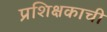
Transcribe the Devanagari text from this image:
प्रशिक्षकाची